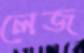
লেজ